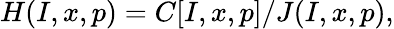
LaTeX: H(I,x,p)=C[I,x,p]/J(I,x,p),